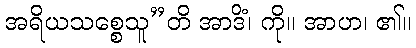
အရိယသစ္စေသူ”တိ အာဒိံ၊ ကို။ အာဟ၊ ၏။